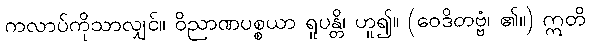
ကလာပ်ကိုသာလျှင်။ ဝိညာဏပစ္စယာ ရူပန္တိ၊ ဟူ၍။ (ဝေဒိတဗ္ဗံ၊ ၏။) ဣတိ